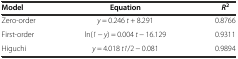
| Model | Equation | R2 |
 | --- | --- | --- |
 | Zero-order | y = 0.246 t + 8.291 | 0.8766 |
 | First-order | ln(1 - y) = 0.004 t - 16.129 | 0.9311 |
 | Higuchi | y = 4.018 t1/2 - 0.081 | 0.9894 |